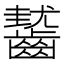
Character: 𪙓